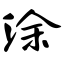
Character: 涂